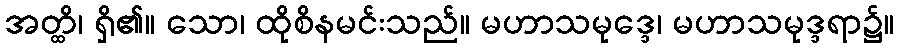
အတ္ထိ၊ ရှိ၏။ သော၊ ထိုစိနမင်းသည်။ မဟာသမုဒ္ဒေ၊ မဟာသမုဒ္ဒရာ၌။